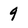
Character: 9